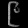
Digit: ၉